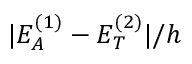
| E _ { A } ^ { ( 1 ) } - E _ { T } ^ { ( 2 ) } | / h